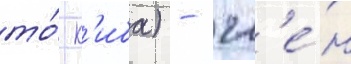
то́ к'иба) - чл'е́н